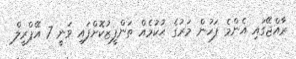
ރާއްޖޭގައި އެންމެ ފަހުން މަރުގެ ޙުކުމެއް ތަންފީޒުކޮށްފައި ވަނީ 7 އޭޕްރީލް